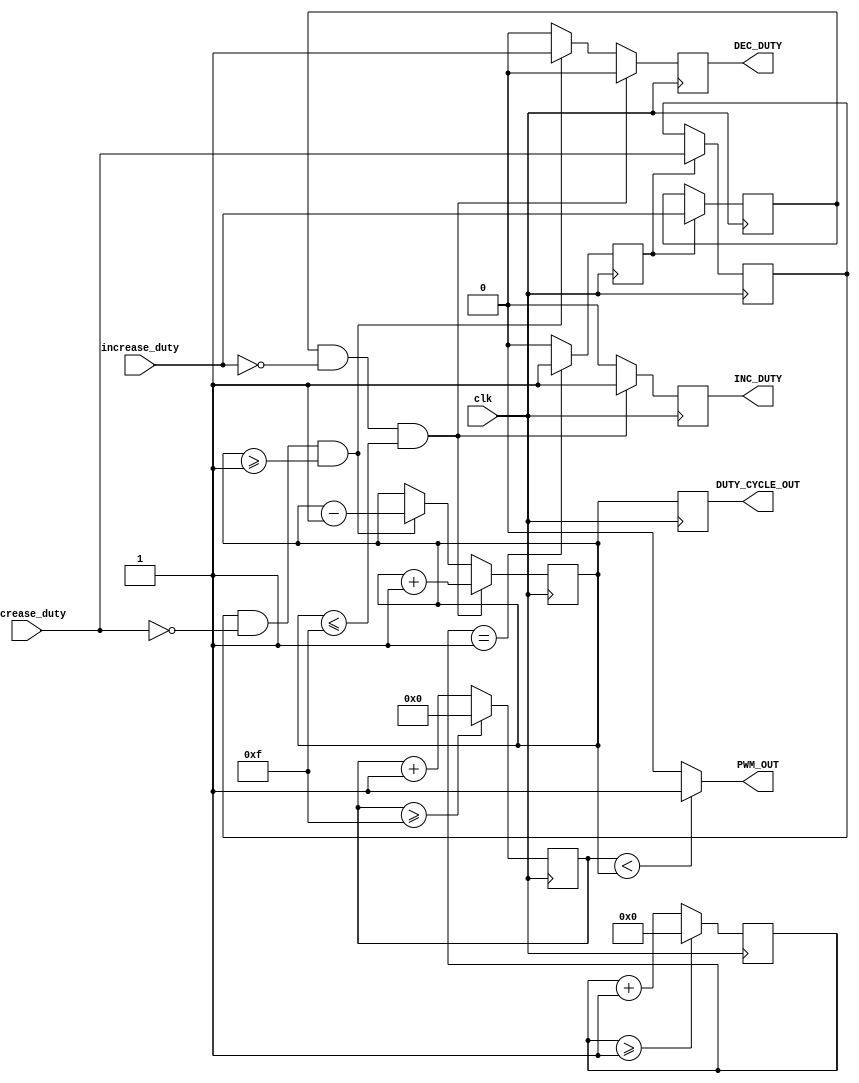
`timescale 1ns / 1ps
//////////////////////////////////////////////////////////////////////////////////
// Company: 
// Engineer: 
// 
// Design Name: 
// Module Name: pwm_generator
// Project Name: 
// Target Devices: 
// Tool Versions: 
// Description: 
// 
// Dependencies: 
// 
// Revision:
// Revision 0.01 - File Created
// Additional Comments:
// 
//////////////////////////////////////////////////////////////////////////////////


module pwm_generator (
    input clk, // 100MHz clock input
    input increase_duty, // input to increase 1/16 duty cycle
    input decrease_duty, // input to decrease 1/16 duty cycle
    output PWM_OUT, // 10MHz PWM output signal
    output reg [3:0] DUTY_CYCLE_OUT, // Output to show the duty cycle (0-15)
    output reg INC_DUTY, // Output to show the increment signal
    output reg DEC_DUTY // Output to show the decrement signal
);

    reg slow_clk_enable; // 1-cycle pulse for debouncing buttons
    reg [27:0] counter_debounce = 0;
    reg tmp1, tmp2;
    reg [3:0] counter_PWM = 0;
    reg [3:0] DUTY_CYCLE = 5;

    always @(posedge clk)
    begin
        counter_debounce <= counter_debounce + 1;
        if (counter_debounce >= 1)
            counter_debounce <= 0;
    end

    always @(posedge clk)
    begin
        if (counter_debounce == 1)
            slow_clk_enable <= 1;
        else
            slow_clk_enable <= 0;
    end

    always @(posedge clk)
    begin
        if (slow_clk_enable) begin
            // Debounce the increase_duty and decrease_duty inputs
            tmp1 <= increase_duty;
            tmp2 <= decrease_duty;
        end
    end

   always @(posedge clk)
begin
    if (tmp1 && ~increase_duty && DUTY_CYCLE <= 15) begin
        DUTY_CYCLE <= DUTY_CYCLE + 1; // Increment duty cycle by 1/16
        INC_DUTY <= 1; // Set INC_DUTY to 1 for a 1-cycle pulse
        DEC_DUTY <= 0; // Clear DEC_DUTY
    end else if (tmp2 && ~decrease_duty && DUTY_CYCLE >= 1) begin
        DUTY_CYCLE <= DUTY_CYCLE - 1; // Decrement duty cycle by 1/16
        INC_DUTY <= 0; // Clear INC_DUTY
        DEC_DUTY <= 1; // Set DEC_DUTY to 1 for a 1-cycle pulse
    end else begin
        INC_DUTY <= 0;
        DEC_DUTY <= 0;
    end
end


    always @(posedge clk)
    begin
        counter_PWM <= counter_PWM + 1;
        if (counter_PWM >= 15)
            counter_PWM <= 0;
    end

    assign PWM_OUT = counter_PWM < DUTY_CYCLE ? 1 : 0;
    always @(posedge clk)
        DUTY_CYCLE_OUT <= DUTY_CYCLE;

endmodule